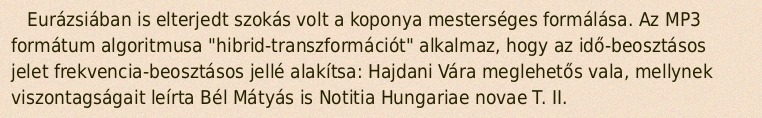
Eurázsiában is elterjedt szokás volt a koponya mesterséges formálása. Az MP3 formátum algoritmusa "hibrid-transzformációt" alkalmaz, hogy az idő-beosztásos jelet frekvencia-beosztásos jellé alakítsa: Hajdani Vára meglehetős vala, mellynek viszontagságait leírta Bél Mátyás is Notitia Hungariae novae T. II.